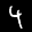
Label: 4